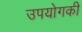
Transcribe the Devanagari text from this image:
उपयोगकी